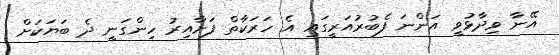
އޭނާ ވިދާޅުވީ އަންނަ ފެބުރުއަރީގައި އެ ހަރަކާތް ފަށާއިރު ހިންގަނީ ދެ ބަޔަކަށް